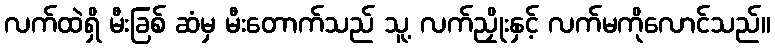
လက်ထဲရှိ မီးခြစ် ဆံမှ မီးတောက်သည် သူ့ လက်ညှိုးနှင့် လက်မကိုလောင်သည်။